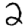
Digit: 2